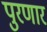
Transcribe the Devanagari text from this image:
पुरणार